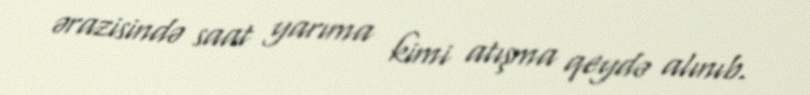
ərazisində saat yarıma kimi atışma qeydə alınıb.